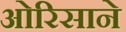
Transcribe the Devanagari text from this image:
ओरिसाने